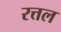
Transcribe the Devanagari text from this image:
रत्तल